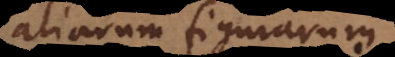
aliarum figurarum